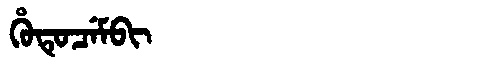
Manchu: ᡥᡠᡨᡠᠴᡝᠮᠪᡳ
Romanization: HUTUCEMBI